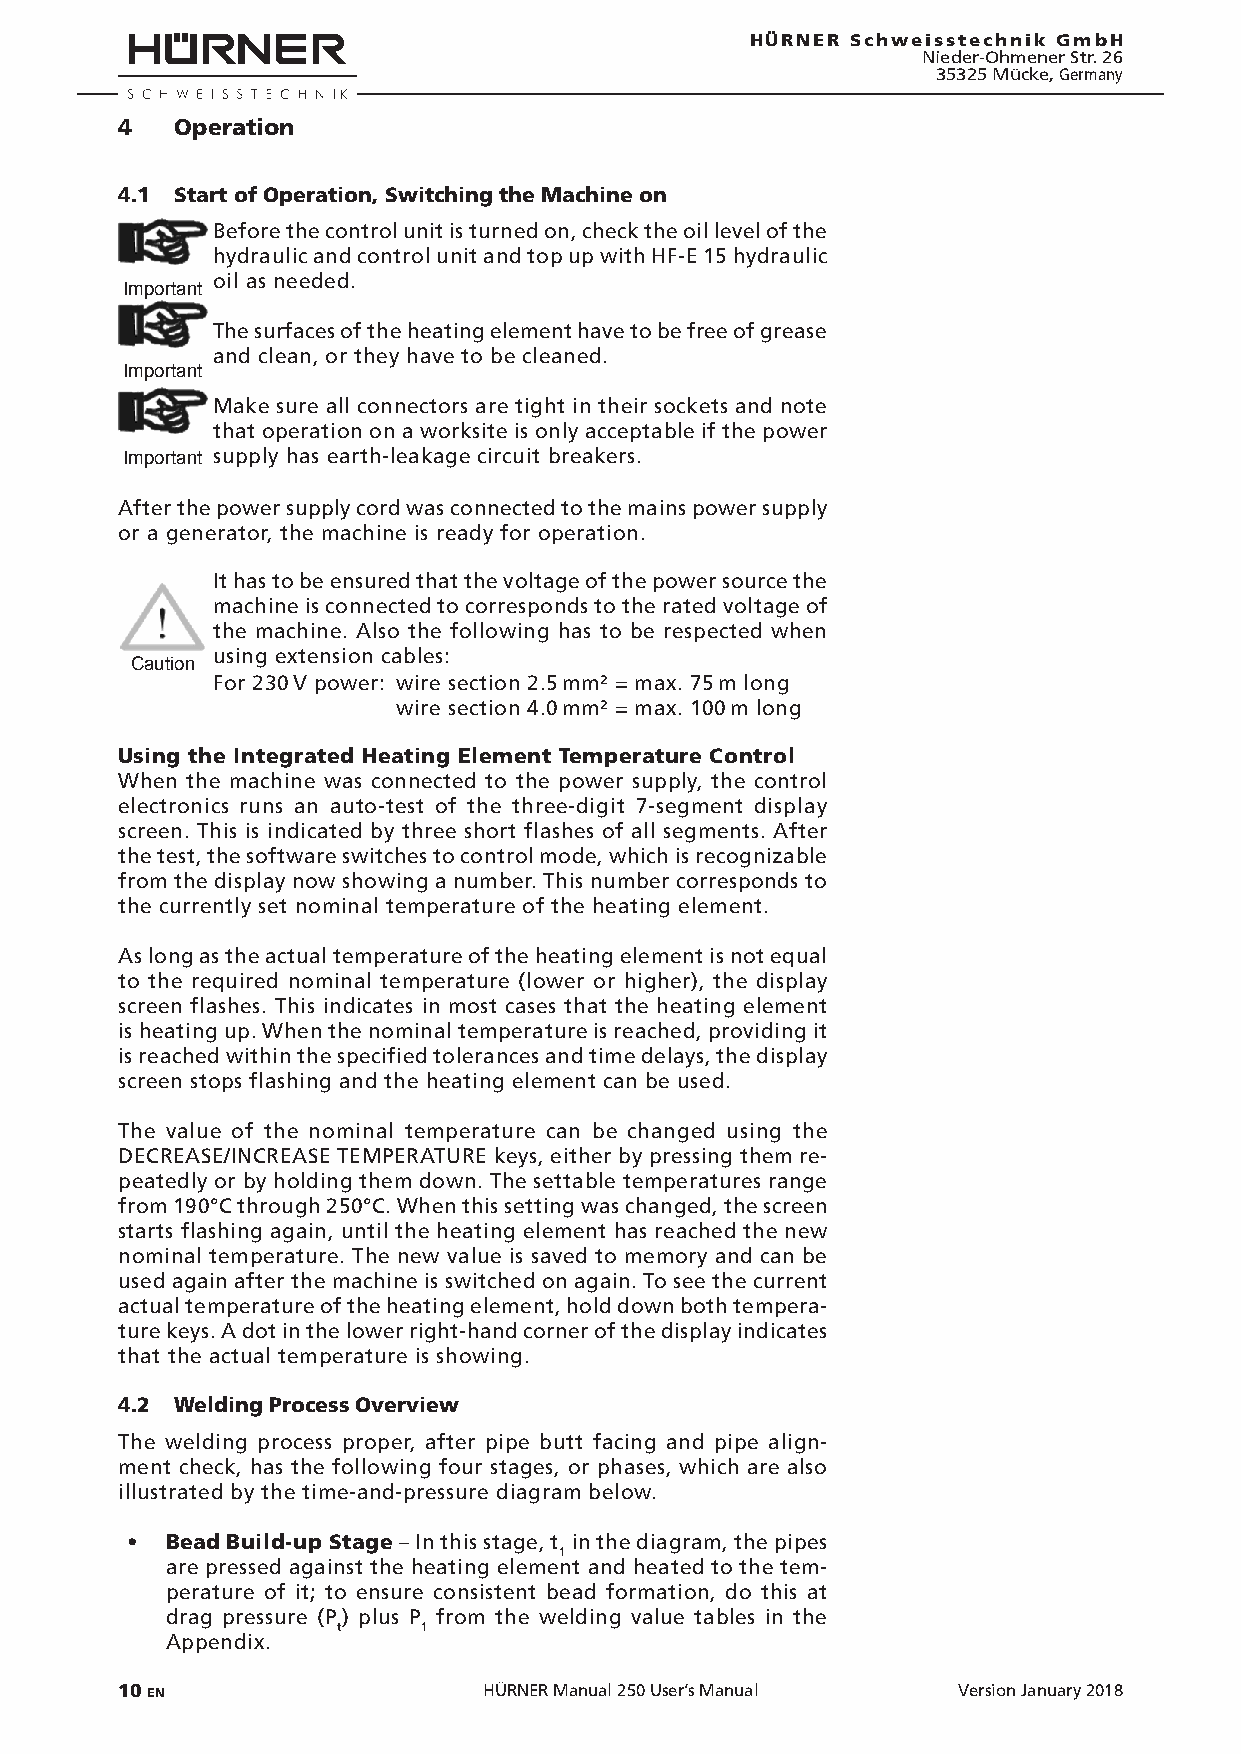
HÜRNER Schweisstechnik GmbH
 Nieder-Ohmener Str. 26
 35325 Mücke, Germany
 4   Operation
 4.1 Start of Operation, Switching the Machine on
 Before the control unit is turned on, check the oil level of the
 hydraulic and control unit and top up with HF-E 15 hydraulic
 oil as needed.
 Important
 The surfaces of the heating element have to be free of grease
 and clean, or they have to be cleaned.
 Important
 Make sure all connectors are tight in their sockets and note
 that operation on a worksite is only acceptable if the power
 Important supply has earth-leakage circuit breakers.
 After the power supply cord was connected to the mains power supply
 or a generator, the machine is ready for operation.
 It has to be ensured that the voltage of the power source the
 machine is connected to corresponds to the rated voltage of
 the machine. Also the following has to be respected when
 using extension cables:
 Caution
 For 230 V power: wire section 2.5 mm² = max. 75 m long
 wire section 4.0 mm² = max. 100 m long
 Using the Integrated Heating Element Temperature Control
 When the machine was connected to the power supply, the control
 electronics runs an auto-test of the three-digit 7-segment display
 screen. This is indicated by three short flashes of all segments. After
 the test, the software switches to control mode, which is recognizable
 from the display now showing a number. This number corresponds to
 the currently set nominal temperature of the heating element.
 As long as the actual temperature of the heating element is not equal
 to the required nominal temperature (lower or higher), the display
 screen flashes. This indicates in most cases that the heating element
 is heating up. When the nominal temperature is reached, providing it
 is reached within the specified tolerances and time delays, the display
 screen stops flashing and the heating element can be used.
 The value of the nominal temperature can be changed using the
 DECREASE/INCREASE TEMPERATURE keys, either by pressing them re-
 peatedly or by holding them down. The settable temperatures range
 from 190°C through 250°C. When this setting was changed, the screen
 starts flashing again, until the heating element has reached the new
 nominal temperature. The new value is saved to memory and can be
 used again after the machine is switched on again. To see the current
 actual temperature of the heating element, hold down both tempera-
 ture keys. A dot in the lower right-hand corner of the display indicates
 that the actual temperature is showing.
 4.2 Welding Process Overview
 The welding process proper, after pipe butt facing and pipe align-
 ment check, has the following four stages, or phases, which are also
 illustrated by the time-and-pressure diagram below.
 •  Bead Build-up Stage – In this stage, t in the diagram, the pipes
 1
 are pressed against the heating element and heated to the tem-
 perature of it; to ensure consistent bead formation, do this at
 drag pressure (P) plus P from the welding value tables in the
 t     1
 Appendix.
 10 EN                   HÜRNER Manual 250 User’s Manual Version January 2018